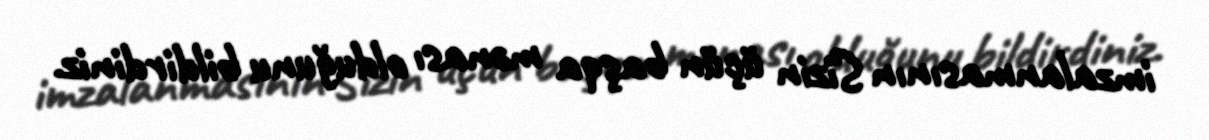
imzalanmasının Sizin üçün başqa mənası olduğunu bildirdiniz.